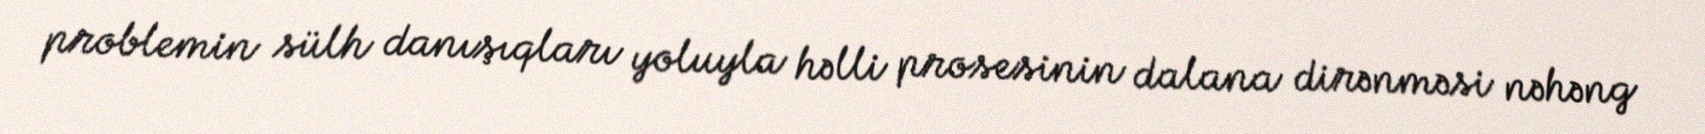
problemin sülh danışıqları yoluyla həlli prosesinin dalana dirənməsi nəhəng